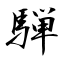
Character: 騨